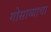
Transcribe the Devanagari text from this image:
गोसाव्याचा